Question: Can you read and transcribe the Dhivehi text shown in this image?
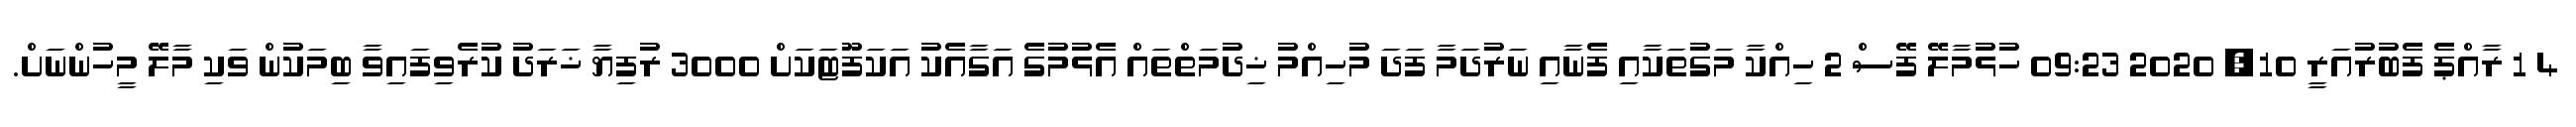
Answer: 4 1 ރާއްޕެ ފެބުރުއަރީ 10, 2020 09:23 ހުޅުމާލޭ ފޭސް 2 ހިއްކާ މަގުތަކާއި ފެނާއި ނަރުދަމާ ފަދަ މުހިއްމު ޚިދުމަތްތައް އެޅުމުގެ އަގާއެކު އަކަފޫޓަކަށް 3000 ރުފިޔާ ޚަރަދު ކުރެވިފައިވާ ބިމަކުން ވަކި މާލޭ މީހުންނަށް.